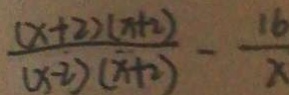
\frac { ( x + 2 ) ( x + 2 ) } { ( x - 2 ) ( x + 2 ) } - \frac { 1 6 } { x }